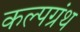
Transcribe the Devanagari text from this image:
कल्पग्रंथ